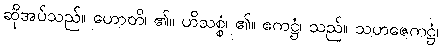
ဆိုအပ်သည်။ ဟောတိ၊ ၏။ ဟိသစ္စံ၊ ၏။ ဧကဋ္ဌံ၊ သည်။ သဟဇေကဋ္ဌံ၊